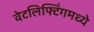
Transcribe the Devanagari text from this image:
वेटलिफ्टिंगमध्ये